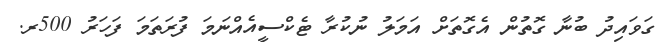
ގަވައިދު ބުނާ ގޮތުން އެގޮތަށް އަމަލު ނުކުރާ ޓެކްސީއެއްނަމަ ފުރަތަމަ ފަހަރު 500ރ.